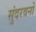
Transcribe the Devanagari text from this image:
सुंदरवनों